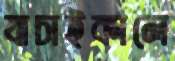
যাচাইকালে